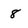
Character: 8